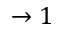
\rightarrow 1